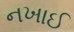
નખાઈ